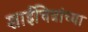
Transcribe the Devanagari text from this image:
शाईचित्रांच्या